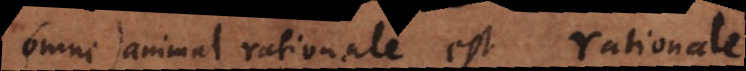
Omne) animal rationale est rationale.